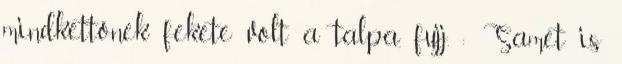
mindkettőnek fekete volt a talpa, fujj. : Samet is